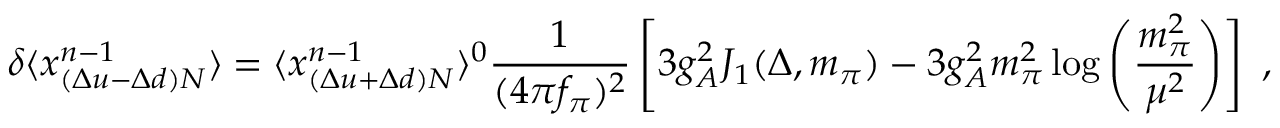
\delta \langle x _ { ( \Delta u - \Delta d ) N } ^ { n - 1 } \rangle = \langle x _ { ( \Delta u + \Delta d ) N } ^ { n - 1 } \rangle ^ { 0 } { \frac { 1 } { ( 4 \pi f _ { \pi } ) ^ { 2 } } } \left[ 3 g _ { A } ^ { 2 } J _ { 1 } ( \Delta , m _ { \pi } ) - 3 g _ { A } ^ { 2 } m _ { \pi } ^ { 2 } \log \left( { \frac { m _ { \pi } ^ { 2 } } { \mu ^ { 2 } } } \right) \right] \ ,